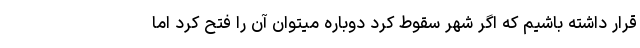
قرار داشته باشیم که اگر شهر سقوط کرد دوباره میتوان آن را فتح کرد اما